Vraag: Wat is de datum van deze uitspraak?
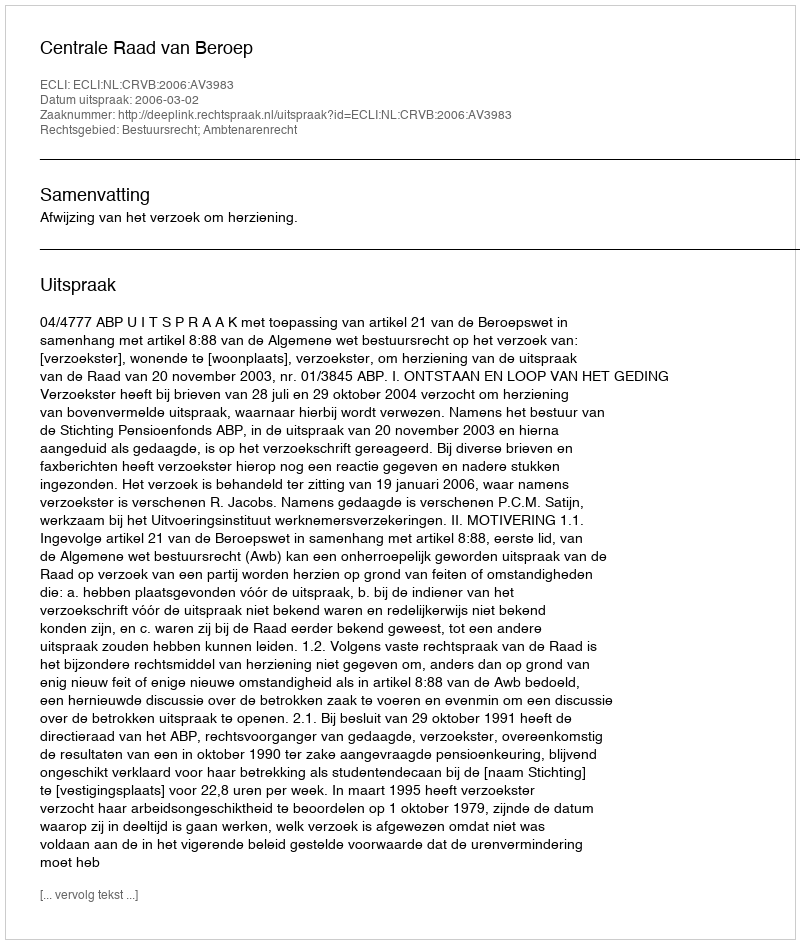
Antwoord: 2006-03-02